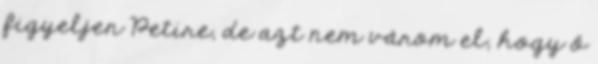
figyeljen Petire, de azt nem várom el, hogy ő